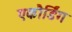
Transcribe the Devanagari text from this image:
एकौर्डिंग